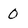
Character: 0